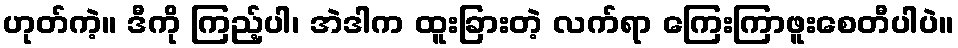
ဟုတ်ကဲ့။ ဒီကို ကြည့်ပါ၊ အဲဒါက ထူးခြားတဲ့ လက်ရာ ကြေးကြာဖူးစေတီပါပဲ။